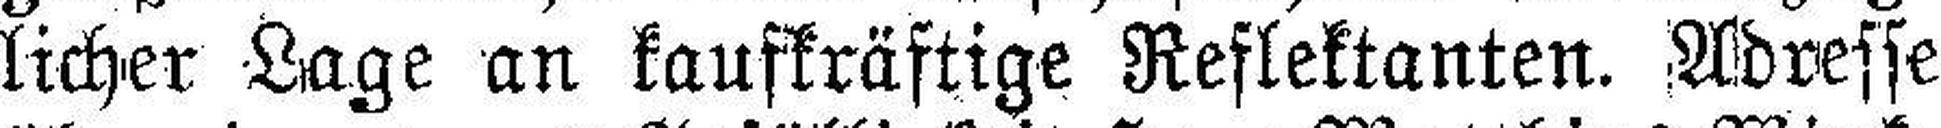
licher Lage an kaufkräftige Reflektanten. Adresse